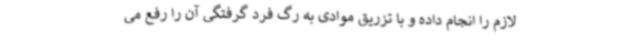
لازم را انجام داده و با تزریق موادی به رگ فرد گرفتگی آن را رفع می